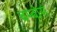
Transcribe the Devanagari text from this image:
बम्बोस